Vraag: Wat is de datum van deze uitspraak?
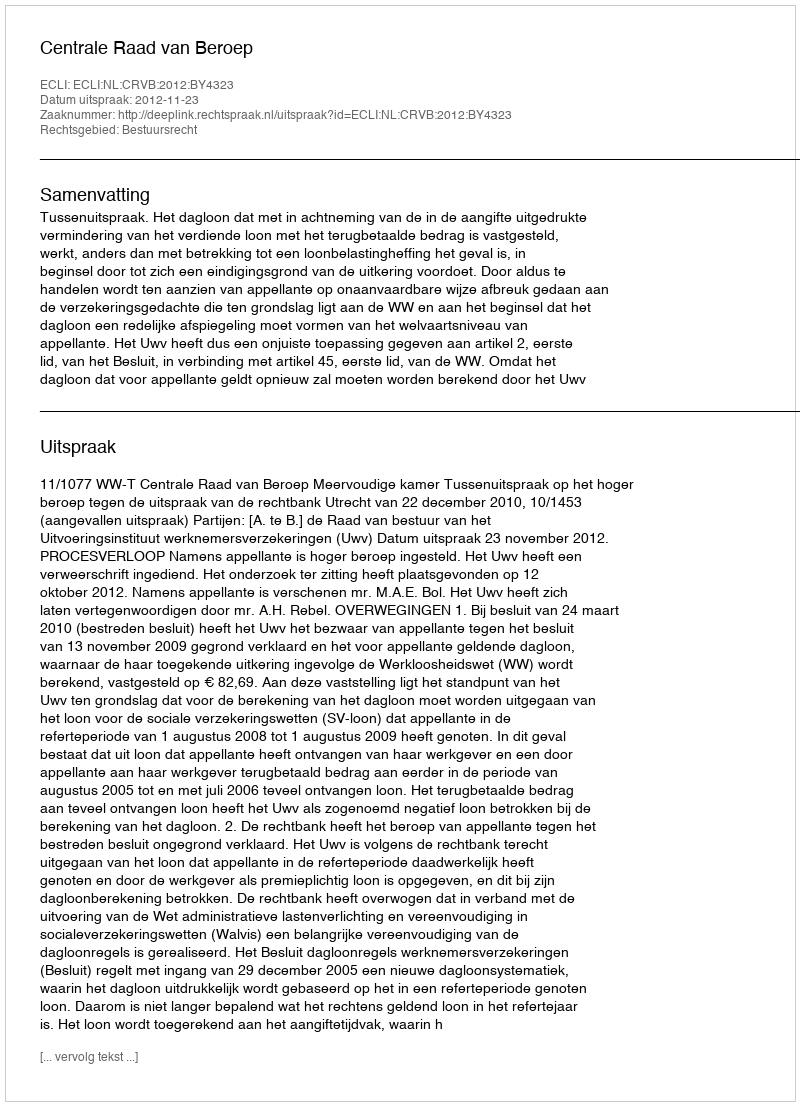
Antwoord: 2012-11-23